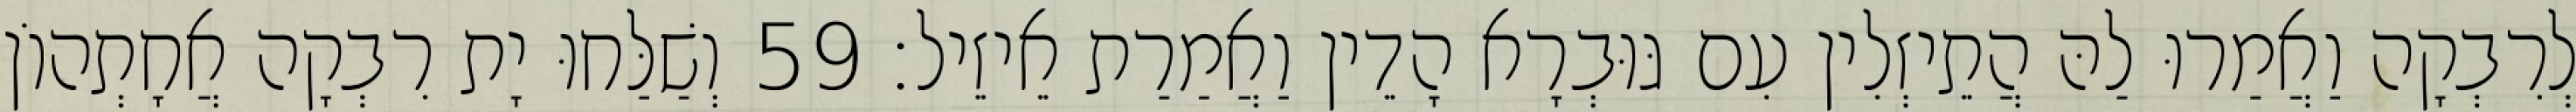
לְרִבְקָה וַאֲמַרוּ לַהּ הֲתֵיזְלִין עִם גּוּבְרָא הָדֵין וַאֲמַרַת אֵיזֵיל׃ 59 וְשַׁלַּחוּ יָת רִבְקָה אֲחָתְהוֹן